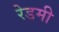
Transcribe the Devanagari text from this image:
रेडमी